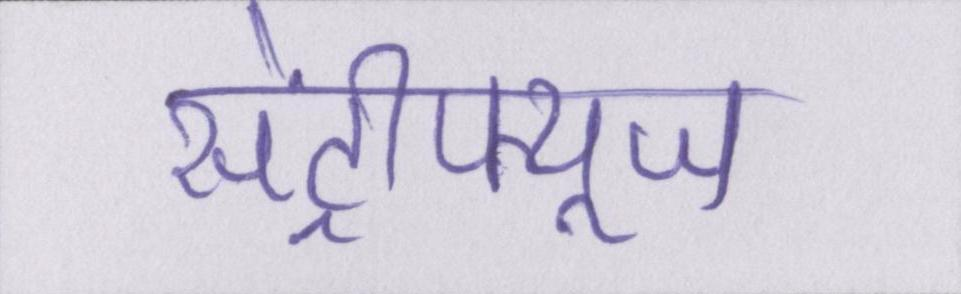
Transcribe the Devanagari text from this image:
सेंट्रीफ्यूज